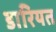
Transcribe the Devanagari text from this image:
डारियत